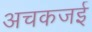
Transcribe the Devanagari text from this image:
अचकजई